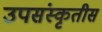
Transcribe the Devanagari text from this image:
उपसंस्कृतीस